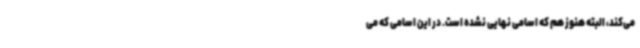
می‌کند، البته هنوز هم که اسامی نهایی نشده است. در این اسامی که می